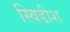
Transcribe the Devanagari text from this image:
स्विडीश